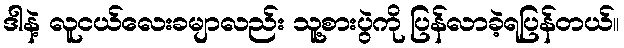
ဒါနဲ့ လူငယ်လေးခမျာလည်း သူ့စားပွဲကို ပြန်လာခဲ့ရပြန်တယ်။